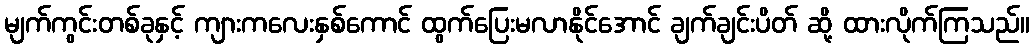
မျက်ကွင်းတစ်ခုနှင့် ကျားကလေးနှစ်ကောင် ထွက်ပြေးမလာနိုင်အောင် ချက်ချင်းပိတ် ဆို့ ထားလိုက်ကြသည်။